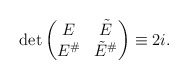
\begin{align*} \det \begin{pmatrix} E & \tilde{E} \\ E^{\#} & \tilde{E}^{\#} \end{pmatrix} \equiv 2i.\end{align*}